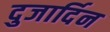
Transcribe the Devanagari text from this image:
दुजार्दिन